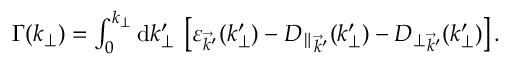
\begin{array} { r } { \Gamma ( k _ { \perp } ) = \int _ { 0 } ^ { k _ { \perp } } \mathrm { d } k _ { \perp } ^ { \prime } \: \left[ \varepsilon _ { \vec { k } ^ { \prime } } ( k _ { \perp } ^ { \prime } ) - { D _ { \parallel } } _ { \vec { k } ^ { \prime } } ( k _ { \perp } ^ { \prime } ) - { D _ { \perp } } _ { \vec { k } ^ { \prime } } ( k _ { \perp } ^ { \prime } ) \right] . } \end{array}